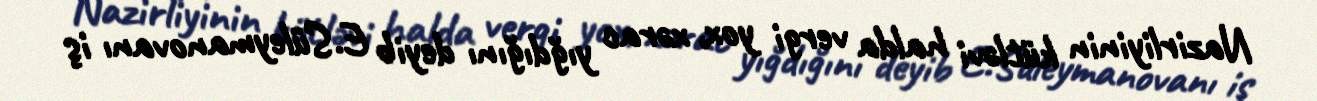
Nazirliyinin kütləvi halda vergi yox, xərac yığdığını deyib E.Süleymanovanı iş